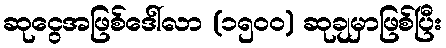
ဆုငွေအဖြစ်ဒေါ်လာ (၁၅၀၀) ဆုချမှာဖြစ်ပြီး